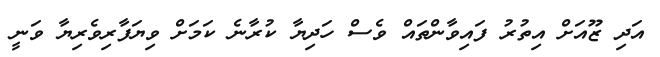
އަދި ޒޫއަށް އިތުރު ފައިވާންތައް ވެސް ހަދިޔާ ކުރާނެ ކަމަށް ވިޔަފާރިވެރިޔާ ވަނީ